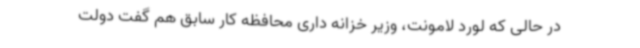
در حالی که لورد لامونت، وزیر خزانه داری محافظه کار سابق هم گفت دولت